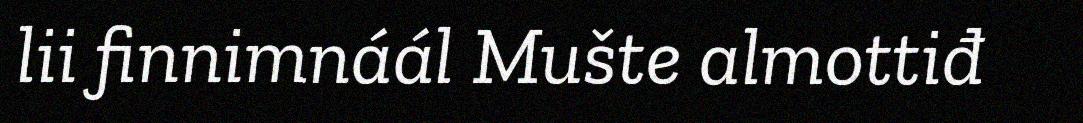
lii finnimnáál Mušte almottiđ